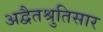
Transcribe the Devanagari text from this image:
अद्वैतश्रुतिसार